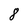
Character: 8